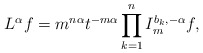
\begin{align*} L^{\alpha}f=m^{n\alpha}t^{-m\alpha}\prod_{k=1}^{n}I_{m}^{b_k,-\alpha}f, \end{align*}